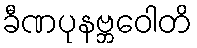
ခီဏပုနဗ္ဘဝေါတိ